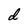
Character: d